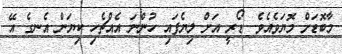
މާބޮޑަށް މޮޔަވެއެވެ. ޑޯރީ އަށް ލިޔެފައި ހުންނަ އެއްޗެހި ކިޔަން އެނގެ އޭ